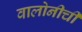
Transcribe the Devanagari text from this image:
वालोनीची